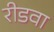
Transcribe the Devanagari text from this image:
रीडवा